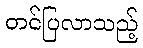
တင်ပြလာသည့်